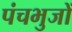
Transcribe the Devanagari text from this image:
पंचभुजों